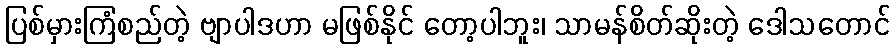
ပြစ်မှားကြံစည်တဲ့ ဗျာပါဒဟာ မဖြစ်နိုင် တော့ပါဘူး၊ သာမန်စိတ်ဆိုးတဲ့ ဒေါသတောင်